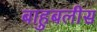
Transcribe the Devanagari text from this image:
बाहुबलीस